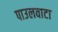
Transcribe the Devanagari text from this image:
पाउलवाटा